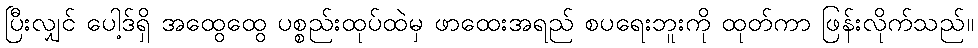
ပြီးလျှင် ပေါ့ဒ်ရှိ အထွေထွေ ပစ္စည်းထုပ်ထဲမှ ဖာထေးအရည် စပရေးဘူးကို ထုတ်ကာ ဖြန်းလိုက်သည်။